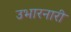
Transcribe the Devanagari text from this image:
उभारनारी